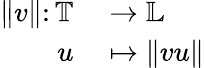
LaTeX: \begin{array}{rl}{\| v\| \colon\mathbb T}&{{}\to\mathbb L}\\ {u}&{{}\mapsto\| vu\| }\end{array}